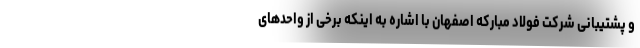
و پشتیبانی شرکت فولاد مبارکه اصفهان با اشاره به اینکه برخی از واحدهای